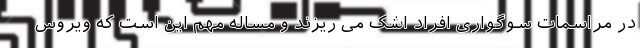
در مراسمات سوگواری افراد اشک می ریزند و مساله مهم این است که ویروس